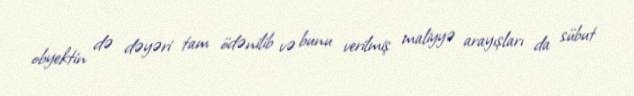
obyektin də dəyəri tam ödənilib və bunu verilmiş maliyyə arayışları da sübut